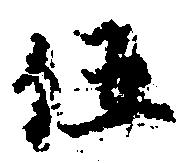
伍